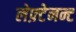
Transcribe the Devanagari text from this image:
लेफ़्टेनन्ट